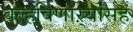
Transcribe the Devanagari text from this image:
वल्हविणाऱ्यांसह